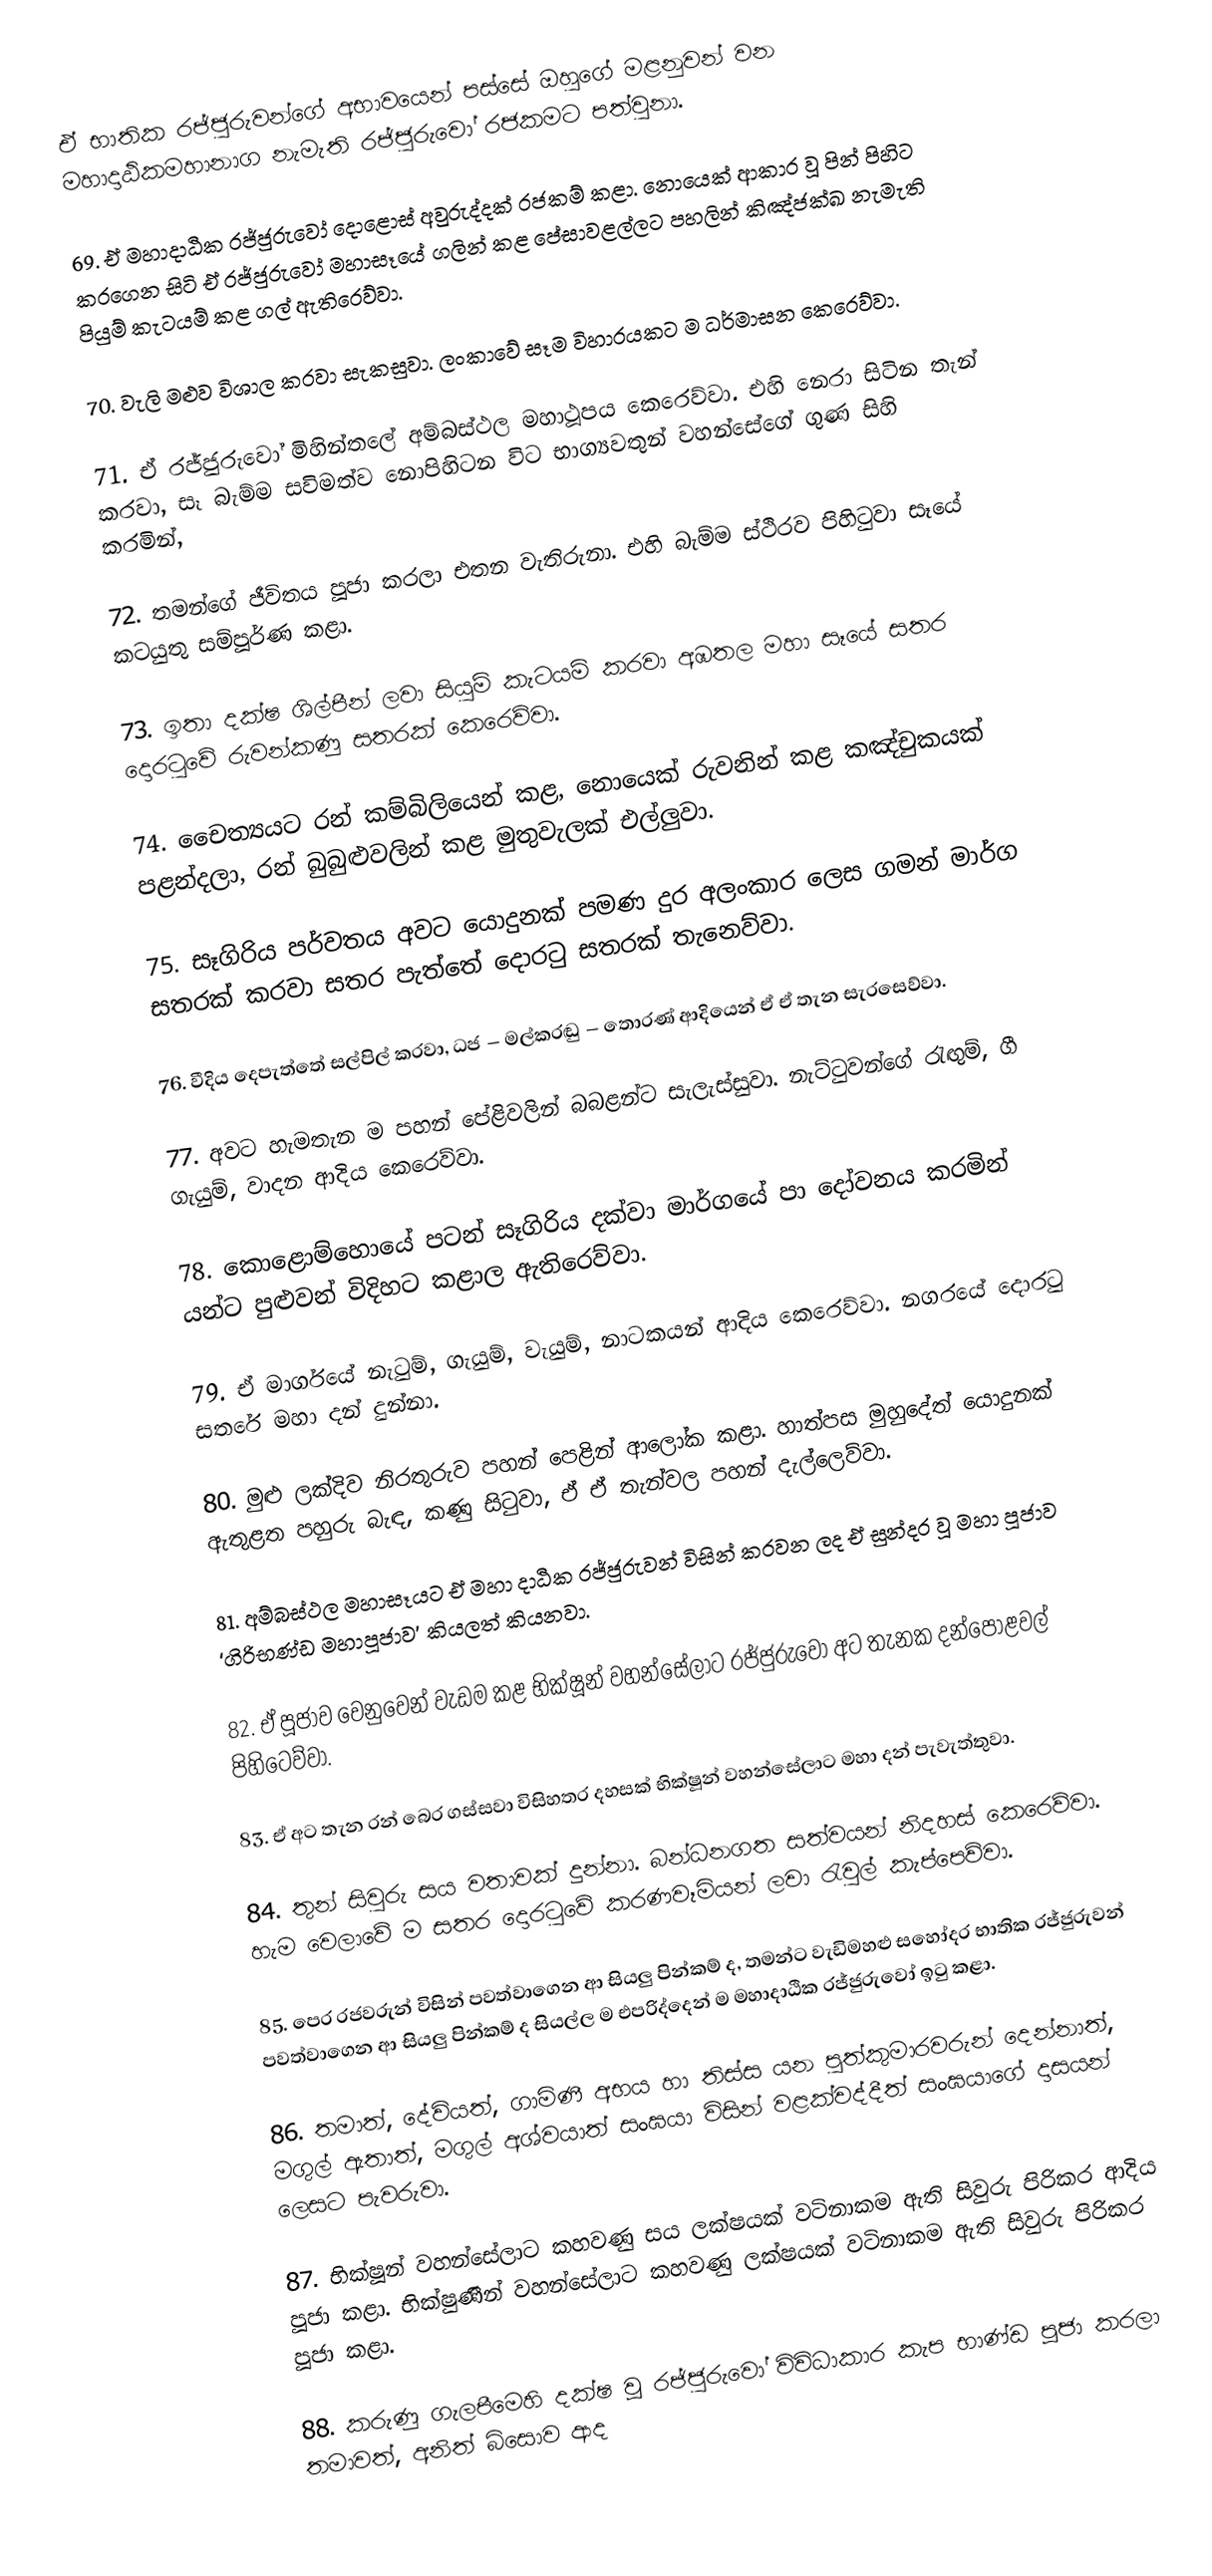
ඒ භාතික රජ්ජුරුවන්ගේ අභාවයෙන් පස්සේ ඔහුගේ මළනුවන් වන මහාදාඨිකමහානාග නැමැති රජ්ජුරුවෝ රජකමට පත්වුනා.

69. ඒ මහාදාඨික රජ්ජුරුවෝ දොළොස් අවුරුද්දක් රජකම් කළා. නොයෙක් ආකාර වූ පින් පිහිට කරගෙන සිටි ඒ රජ්ජුරුවෝ මහාසෑයේ ගලින් කළ පේසාවළල්ලට පහලින් කිඤ්ජක්ඛ නැමැති පියුම් කැටයම් කළ ගල් ඇතිරෙව්වා.

70. වැලි මළුව විශාල කරවා සැකසුවා. ලංකාවේ සෑම විහාරයකට ම ධර්මාසන කෙරෙව්වා.

71. ඒ රජ්ජුරුවෝ මිහින්තලේ අම්බස්ථල මහාථූපය කෙරෙව්වා. එහි නෙරා සිටින තැන් කරවා, සෑ බැම්ම සවිමත්ව නොපිහිටන විට භාග්‍යවතුන් වහන්සේගේ ගුණ සිහි කරමින්,

72. තමන්ගේ ජීවිතය පූජා කරලා එතන වැතිරුනා. එහි බැම්ම ස්ථිරව පිහිටුවා සෑයේ කටයුතු සම්පූර්ණ කළා.

73. ඉතා දක්ෂ ශිල්පීන් ලවා සියුම් කැටයම් කරවා අඹතල මහා සෑයේ සතර දොරටුවේ රුවන්කණු සතරක් කෙරෙව්වා.

74. චෛත්‍යයට රන් කම්බිලියෙන් කළ, නොයෙක් රුවනින් කළ කඤ්චුකයක් පළන්දලා, රන් බුබුළුවලින් කළ මුතුවැලක් එල්ලුවා.

75. සෑගිරිය පර්වතය අවට යොදුනක් පමණ දුර අලංකාර ලෙස ගමන් මාර්ග සතරක් කරවා සතර පැත්තේ දොරටු සතරක් තැනෙව්වා.

76. වීදිය දෙපැත්තේ සල්පිල් කරවා, ධජ – මල්කරඬු – තොරණ් ආදියෙන් ඒ ඒ තැන සැරසෙව්වා.

77. අවට හැමතැන ම පහන් පේළිවලින් බබළන්ට සැලැස්සුවා. නැට්ටුවන්ගේ රැඟුම්, ගී ගැයුම්, වාදන ආදිය කෙරෙව්වා.

78. කොළොම්හොයේ පටන් සෑගිරිය දක්වා මාර්ගයේ පා දෝවනය කරමින් යන්ට පුළුවන් විදිහට කළාල ඇතිරෙව්වා.

79. ඒ මාර්ගයේ නැටුම්, ගැයුම්, වැයුම්, නාටකයන් ආදිය කෙරෙව්වා. නගරයේ දොරටු සතරේ මහා දන් දුන්නා.

80. මුළු ලක්දිව නිරතුරුව පහන් පෙළින් ආලෝක කළා. හාත්පස මුහුදේත් යොදුනක් ඇතුළත පහුරු බැඳ, කණු සිටුවා, ඒ ඒ තැන්වල පහන් දැල්ලෙව්වා.

81. අම්බස්ථල මහාසෑයට ඒ මහා දාඨික රජ්ජුරුවන් විසින් කරවන ලද ඒ සුන්දර වූ මහා පූජාව ‘ගිරිභණ්ඩ මහාපූජාව’ කියලත් කියනවා.

82. ඒ පූජාව වෙනුවෙන් වැඩම කළ භික්ෂූන් වහන්සේලාට රජ්ජුරුවෝ අට තැනක දන්පොළවල් පිහිටෙව්වා.

83. ඒ අට තැන රන් බෙර ගස්සවා විසිහතර දහසක් භික්ෂූන් වහන්සේලාට මහා දන් පැවැත්තුවා.

84. තුන් සිවුරු සය වතාවක් දුන්නා. බන්ධනගත සත්වයන් නිදහස් කෙරෙව්වා. හැම වෙලාවේ ම සතර දොරටුවේ කරණවෑමියන් ලවා රැවුල් කැප්පෙව්වා.

85. පෙර රජවරුන් විසින් පවත්වාගෙන ආ සියලු පින්කම් ද, තමන්ට වැඩිමහළු සහෝදර භාතික රජ්ජුරුවන් පවත්වාගෙන ආ සියලු පින්කම් ද සියල්ල ම එපරිද්දෙන් ම මහාදාඨික රජ්ජුරුවෝ ඉටු කළා.

86. තමාත්, දේවියත්, ගාමිණී අභය හා තිස්ස යන පුත්කුමාරවරුන් දෙන්නාත්, මගුල් ඇතාත්, මගුල් අශ්වයාත් සංඝයා විසින් වළක්වද්දීත් සංඝයාගේ දාසයන් ලෙසට පැවරුවා.

87. භික්ෂූන් වහන්සේලාට කහවණු සය ලක්ෂයක් වටිනාකම ඇති සිවුරු පිරිකර ආදිය පූජා කළා. භික්ෂුණීන් වහන්සේලාට කහවණු ලක්ෂයක් වටිනාකම ඇති සිවුරු පිරිකර පූජා කළා.

88. කරුණු ගැලපීමෙහි දක්ෂ වූ රජ්ජුරුවෝ විවිධාකාර කැප භාණ්ඩ පූජා කරලා තමාවත්, අනිත් බිසොව ආද